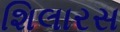
શિલારસ